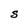
Character: S